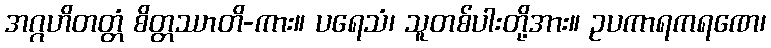
အဂ္ဂဟိတတ္တံ စိတ္တဿာတိ-ကား။ ပရေသံ၊ သူတစ်ပါးတို့အား။ ဥပကာရကရဏေ၊